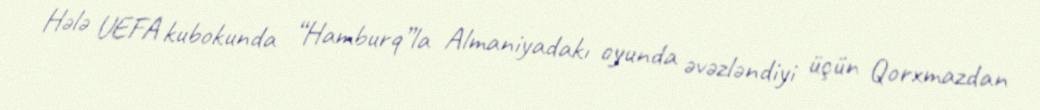
Hələ UEFA kubokunda “Hamburq”la Almaniyadakı oyunda əvəzləndiyi üçün Qorxmazdan